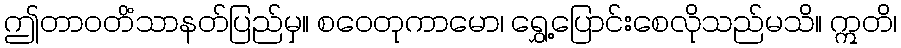
ဤတာဝတိံသာနတ်ပြည်မှ။ စဝေတုကာမော၊ ရွှေ့ပြောင်းစေလိုသည်မသိ။ ဣတိ၊